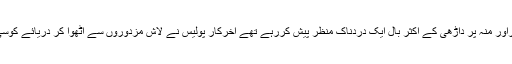
باقی جسم سفید ہڈیوں کا ڈھانچہ تھا آنکھوں کی بجائے دھنسے ہوئے غاراور منہ پر داڑھی کے اکثر بال ایک دردناک منظر پیش کررہے تھے آخرکار پولیس نے لاش مزدوروں سے اٹھوا کر دریائے کوسی کے سپرد کردی اور اس طرح ایک امیر جماعت مرزائیہ کا انجام ہوا۔